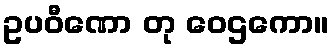
ဥပဝီဏော တု ဝေဌကော။